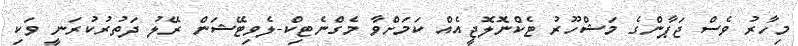
މިހާރު ވެސް ޖަޕާންގެ މަޝްހޫރު ޓެކްނޮލޮޖީއެއް ކަމަށްވާ މެގްނެޓިކް-ލެވިޓޭޝަން ރޭލު ދަތުރުކުރަނީ ވަކި